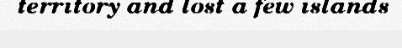
territory and lost a few islands